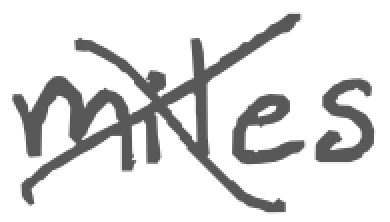
Text: miles
Cross-out: mix
Writing tool: digital_gray